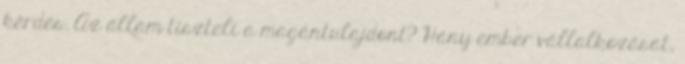
kérdés. Az állam tiszteli a magántulajdont? Hány ember vállalkozását,